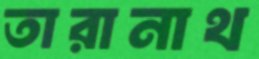
তারানাথ